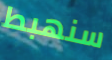
سنهبط